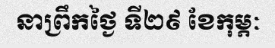
នាព្រឹកថ្ងៃ ទី២៩ ខែកុម្ភៈ